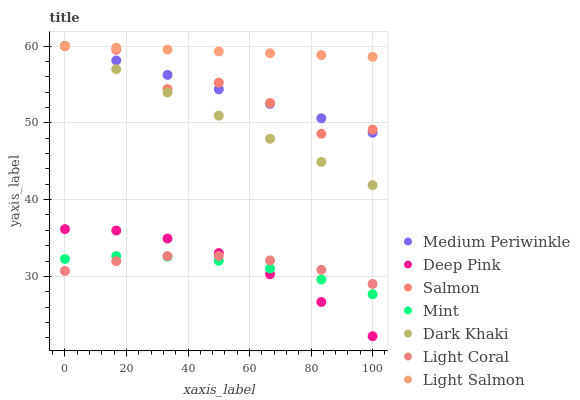
| xaxis_label | Medium Periwinkle | Deep Pink | Salmon | Mint | Dark Khaki | Light Coral | Light Salmon |
 | --- | --- | --- | --- | --- | --- | --- | --- |
 | 0 | 60 | 36.2 | 60 | 32.3 | 60 | 30.7 | 60 |
 | 16.7 | 58.1 | 36 | 59.5 | 32.6 | 57 | 32 | 59.8 |
 | 33.3 | 56.2 | 34.9 | 54.4 | 32.6 | 54 | 32.6 | 59.5 |
 | 50 | 54.4 | 33 | 55.2 | 32 | 50.9 | 32.7 | 59.3 |
 | 66.7 | 52.5 | 30.3 | 52.6 | 31 | 47.9 | 32.1 | 59.1 |
 | 83.3 | 50.6 | 26.7 | 48.6 | 29.6 | 44.9 | 30.9 | 58.8 |
 | 100 | 48.7 | 22.2 | 49.1 | 27.7 | 41.9 | 29 | 58.6 |